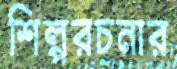
শিল্পরচনার